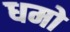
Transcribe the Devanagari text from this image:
धमो